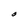
Character: O